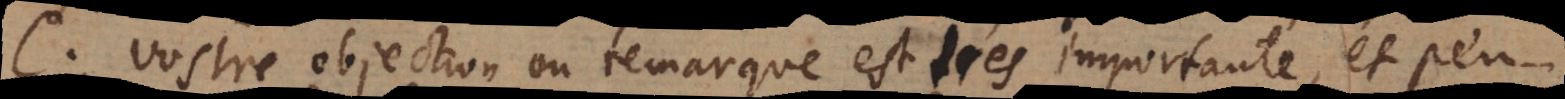
C. Vostre objection ou remarque est tres importante, et peu